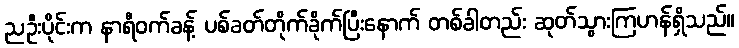
ညဦးပိုင်းက နာရီဝက်ခန့် ပစ်ခတ်တိုက်ခိုက်ပြီးနောက် တစ်ခါတည်း ဆုတ်သွားကြဟန်ရှိသည်။